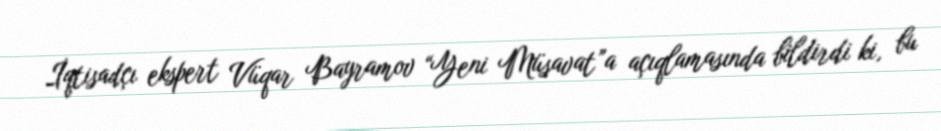
İqtisadçı ekspert Vüqar Bayramov “Yeni Müsavat”a açıqlamasında bildirdi ki, bu